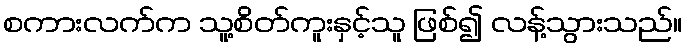
စကားလက်က သူ့စိတ်ကူးနှင့်သူ ဖြစ်၍ လန့်သွားသည်။